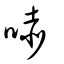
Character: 哧